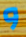
و